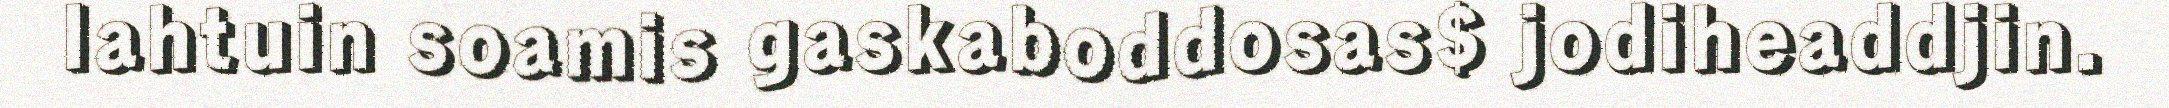
lahtuin soamis gaskaboddosas$ jodiheaddjin.